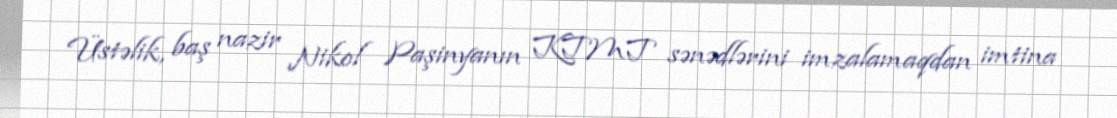
Üstəlik, baş nazir Nikol Paşinyanın KTMT sənədlərini imzalamaqdan imtina